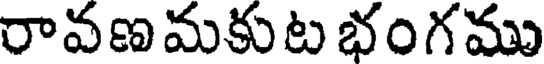
రావణమకుట భంగము